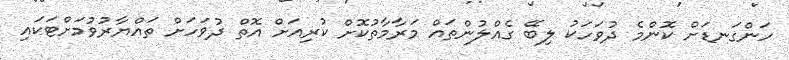
ހަންގަނޑަށް ކޮންމެ ދުވަހަކު ލިބޭ ގެއްލުންތައް މަރާމާތުކޮށް ކުރިއަށް އޮތް ދުވަހަށް ތައްޔާރުވުމަށްޓަކައި